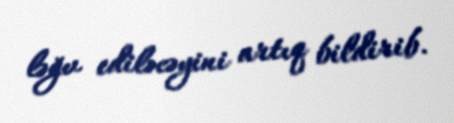
ləğv ediləcəyini artıq bildirib.